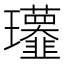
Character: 𤫧